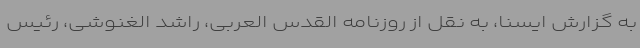
به گزارش ایسنا، به نقل از روزنامه القدس العربی، راشد الغنوشی، رئیس